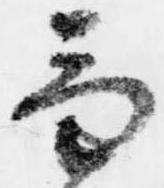
兼